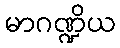
မာဂဏ္ဍိယ